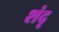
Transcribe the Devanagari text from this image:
शंदृ